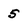
Character: 5